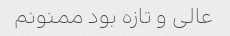
عالی و تازه بود ممنونم